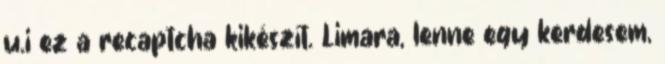
u.i ez a recaptcha kikészít. Limara, lenne egy kerdesem,